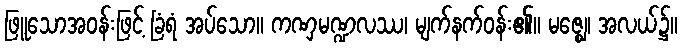
ဖြူသောအဝန်းဖြင့် ခြံရံ အပ်သော။ ကဏှမဏ္ဍလဿ၊ မျက်နက်ဝန်း၏။ မဇ္ဈေ၊ အလယ်၌။